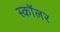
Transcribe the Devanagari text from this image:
स्‍कॉलर